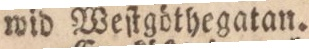
wid Weſtgöthegatan.